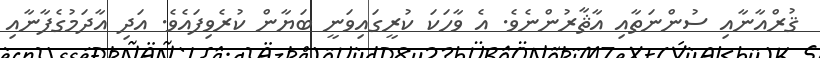
ޤުރްއާނާއި ސުންނަތާއި އާޘާރުންނެވެ. އެ ވާހަކަ ކުރީގައިވަނީ ބަޔާން ކުރެވިފައެވެ. އަދި އާދަމުގެފާނާއި